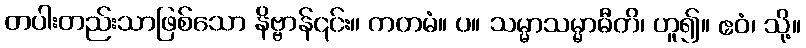
တပါးတည်းသာဖြစ်သော နိဗ္ဗာန်၎င်း။ ကတမံ။ ပ။ သမ္မာသမ္မာဓီတိ၊ ဟူ၍။ ဧဝံ၊ သို့။